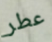
عطر